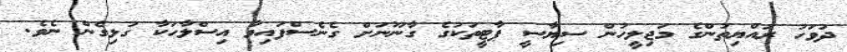
ދުވަހު ރައްޔިތުންގެ މަޖިލީހުން ސިޔާސީ ޕާޓީތަކުގެ ގާނޫނަށް ގެނެސްފައިވާ އިސްލާހަކާ ގުޅިގެން ނެވެ.